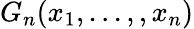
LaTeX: G_{n}(x_{1},...,,x_{n})